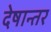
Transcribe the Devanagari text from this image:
देषान्‍तर